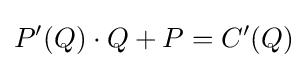
P'(Q)\cdot Q+P=C'(Q)